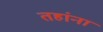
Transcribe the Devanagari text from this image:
तहांना